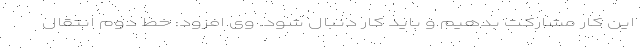
این کار مشارکت بدهیم و باید کار دنبال شود. وی افزود: خط دوم انتقال